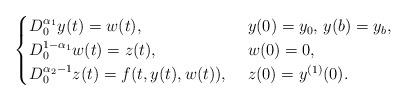
LaTeX: \begin{align*}\begin{cases}D^{\alpha_1}_0y(t) = w(t), & ~y(0) = y_0,\,y(b) = y_b,\\D^{1-\alpha_1}_0w(t) = z(t), & ~w(0) = 0,\\D^{\alpha_2-1}_0z(t) = f(t,y(t),w(t)), & ~z(0) = y^{(1)}(0).\end{cases}\end{align*}